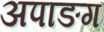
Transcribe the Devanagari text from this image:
अपाङग